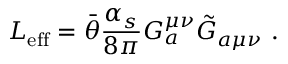
{ \cal { L } } _ { \mathrm { e f f } } = \bar { \theta } \frac { \alpha _ { s } } { 8 \pi } G _ { a } ^ { \mu \nu } \tilde { G } _ { a \mu \nu } ~ .